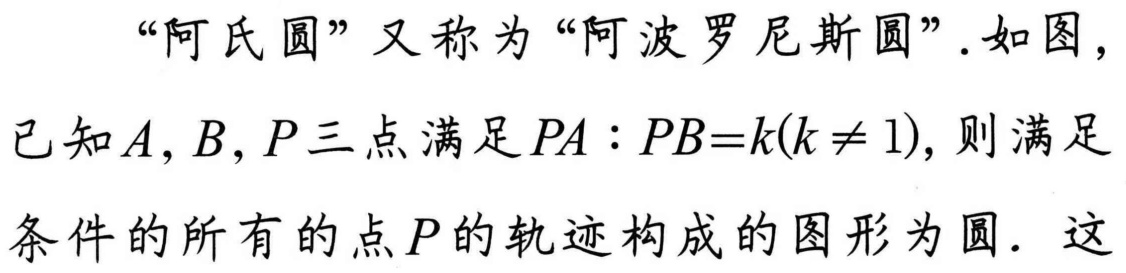
“阿氏圆”又称为“阿波罗尼斯圆”.如图，已知\(A,B,P\)三点满足\(PA:PB = k(k\neq1)\)，则满足条件的所有的点\(P\)的轨迹构成的图形为圆. 这